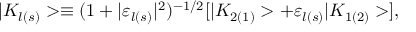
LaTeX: | K _ { l ( s ) } > \equiv ( 1 + | { \varepsilon } _ { l ( s ) } | ^ { 2 } ) ^ { - 1 / 2 } [ | K _ { 2 ( 1 ) } > + { \varepsilon } _ { l ( s ) } | K _ { 1 ( 2 ) } > ] ,